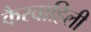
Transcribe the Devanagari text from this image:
कैस्वाहिली